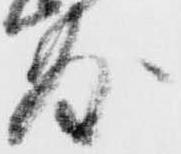
敷